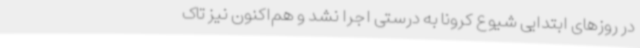
در روزهای ابتدایی شیوع کرونا به درستی اجرا نشد و هم‌اکنون نیز تاک